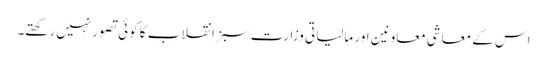
اس کے معاشی معاونین اور مالیاتی وزارت سبز انقلاب کا کوئی تصور نہیں رکھتے۔